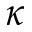
\kappa